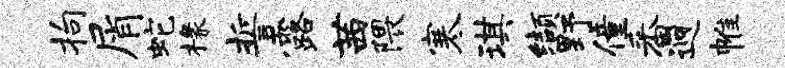
拘屑蛇椽誓露茜隈寒琪缬野僮番迥帷